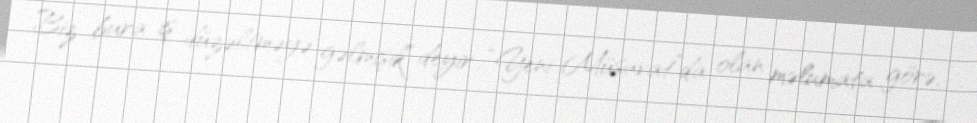
Biz bura iş düzəltməyə gəlmişik” deyir...“Yeni Müsavat”da olan məlumata görə,